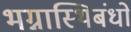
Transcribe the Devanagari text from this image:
भग्नास्थिबंधों